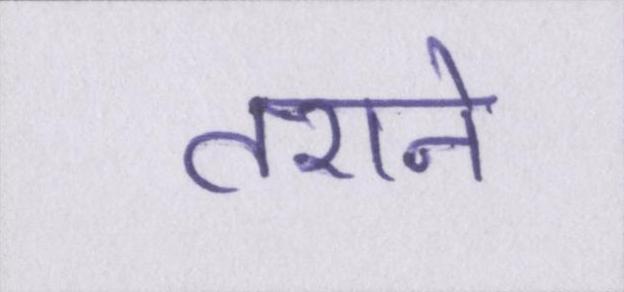
तराने